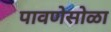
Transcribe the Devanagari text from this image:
पावणेसोळा